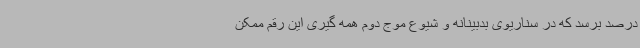
درصد برسد که در سناریوی بدبینانه و شیوع موج دوم همه گیری این رقم ممکن